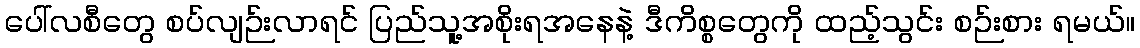
ပေါ်လစီတွေ စပ်လျဉ်းလာရင် ပြည်သူ့အစိုးရအနေနဲ့ ဒီကိစ္စတွေကို ထည့်သွင်း စဉ်းစား ရမယ်။